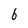
Character: 6